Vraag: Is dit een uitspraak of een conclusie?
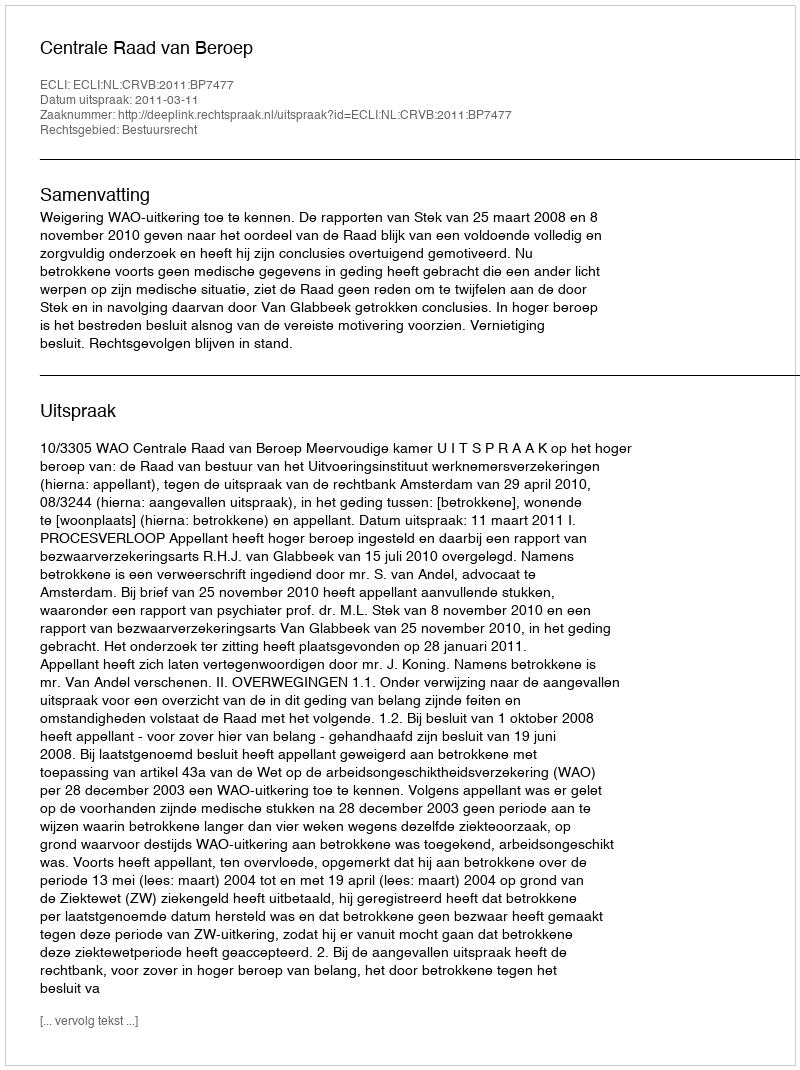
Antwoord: Uitspraak